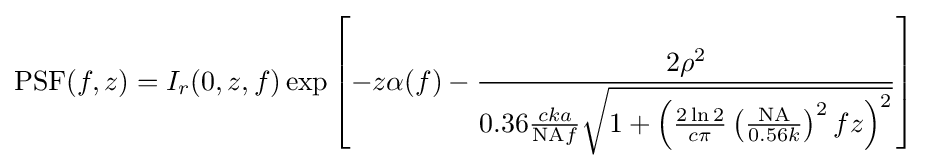
\mathrm {PSF} (f,z)=I_{r}(0,z,f)\exp \left[-z\alpha (f)-{\dfrac {2\rho ^{2}}{0.36{\frac {cka}{{\text{NA}}f}}{\sqrt {{1+\left({\frac {2\ln 2}{c\pi }}\left({\frac {\text{NA}}{0.56k}}\right)^{2}fz\right)}^{2}}}}}\right]